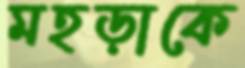
মহড়াকে